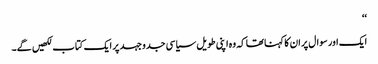
‘‘
ایک اور سوال پر ان کا کہنا تھا کہ وہ اپنی طویل سیاسی جدوجہد پر ایک کتاب لکھیں گے۔